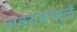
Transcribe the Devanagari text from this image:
अवयवांमुळे